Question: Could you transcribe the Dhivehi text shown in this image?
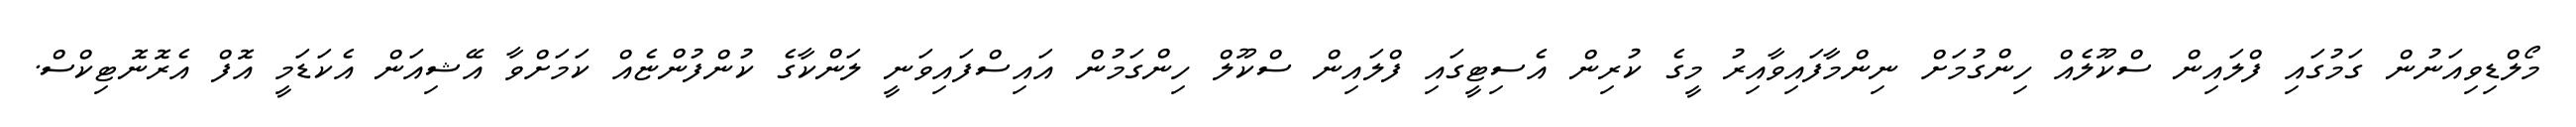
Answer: މޯލްޑިވިއަނުން ގަމުގައި ފްލައިން ސްކޫލެއް ހިންގުމަށް ނިންމާފައިވާއިރު މީގެ ކުރިން އެސިޓީގައި ފްލައިން ސްކޫލް ހިންގަމުން އައިސްފައިވަނީ ލަންކާގެ ކުންފުންޏެއް ކަމަށްވާ އޭޝިއަން އެކަޑަމީ އޮފް އެރޮނޮޓިކްސް.